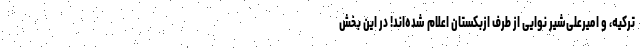
ترکیه، و امیرعلی‌شیر نوایی از طرف ازبکستان اعلام شده‌اند! در این بخش